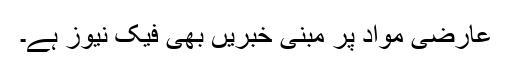
عارضی مواد پر مبنی خبریں بھی فیک نیوز ہے۔